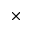
\times